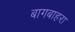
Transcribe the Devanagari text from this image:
बागबाहरा